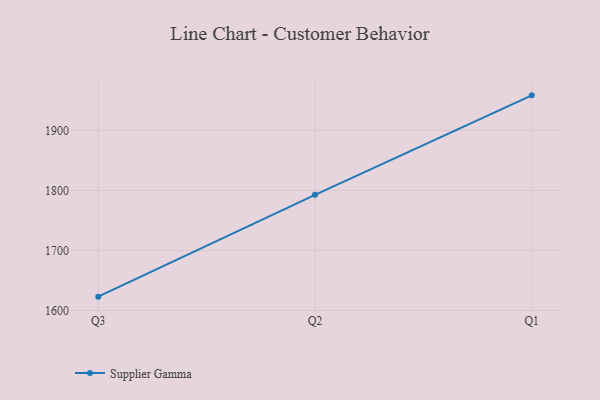
{"axis": {"x": "Quarter", "y": "Humidity (%)"}, "legend": ["Supplier Gamma"], "data": [{"x": "Q3", "y": 1623.1, "type": "Supplier Gamma"}, {"x": "Q2", "y": 1792.8, "type": "Supplier Gamma"}, {"x": "Q1", "y": 1958.6, "type": "Supplier Gamma"}]}